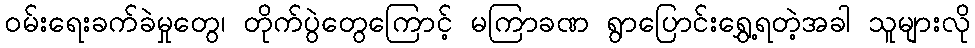
ဝမ်းရေးခက်ခဲမှုတွေ၊ တိုက်ပွဲတွေကြောင့် မကြာခဏ ရွာပြောင်းရွှေ့ရတဲ့အခါ သူများလို